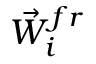
{ \vec { W } } _ { i } ^ { f r }